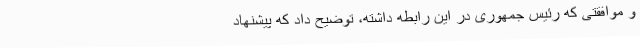
و موافقتی که رئیس جمهوری در این رابطه داشته، توضیح داد که پیشنهاد